Report on malaria in the Punjab during the year ...  together with an account of the work of the Punjab Malaria Bureau - Volume 4
Disease focus: Malaria
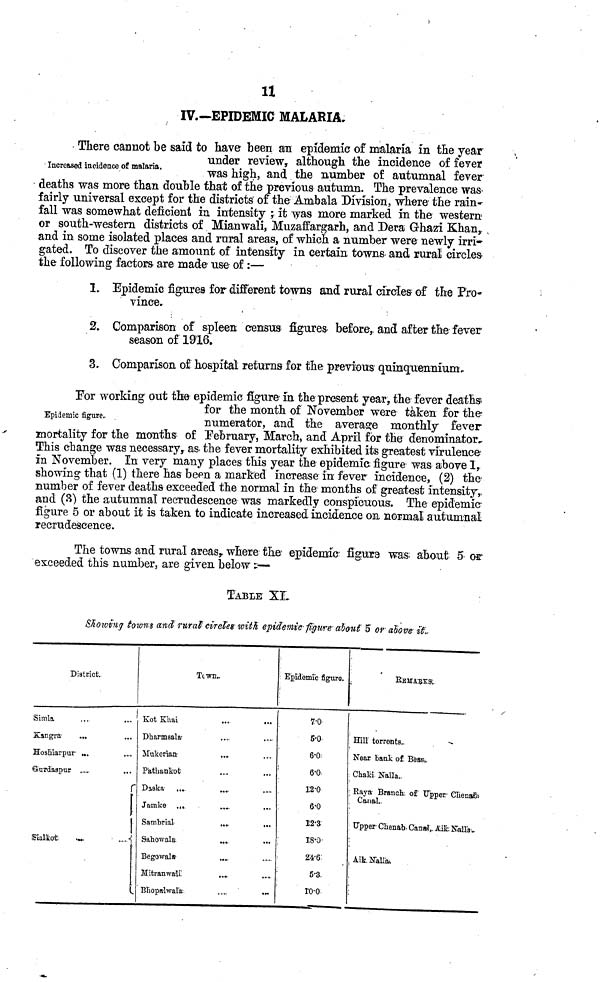
11
IV.-EPIDEMIC MALARIA.
Increased incidence of malaria.
There cannot be said to have been an epidemic of malaria in the year
under review, although the incidence of fever
was high, and the number of autumnal fever
deaths was more than double that of the previous autumn. The prevalence was
fairly universal except for the districts of the Ambala Division, where the rain-
fall was somewhat deficient in intensity ; it was more marked in the western
or south-western districts of Mianwali, Muzaffargarh, and Dera G-hazi Khan,
and in some isolated places and rural areas, of which a number were newly irri-
gated. To discover the amount of intensity in certain towns, and rural circles
the following factors are made use of :—
1. Epidemic figures for different towns and rural circles of the Pro-
vince.
2. Comparison of spleen census figures before, and after the fever
season of 1916.
3. Comparison of hospital returns for the previous quinquennium.
Epidemic figure.
For working out tine epidemic figure in the present year, the fever deaths
for the montn of November were taken tor the
numerator, and the average monthly fever
mortality for the months of February, March, and April for the denominator,.
This change was necessary, as. the fever mortality exhibited its greatest virulence
in November. In very many places this year the epidemia figure was above 1,
showing that (1) there has been a marked increase in fever incidence, (2) the-
number of fever deaths exceeded the normal in the months of greatest intensity,,
and (3) the autumnal recrudescence was markedly conspicuous. The epidemic
figure 5 or about it is taken to indicate increased incidence on normal autumnal
recrudescence.
The towns and rural areas,, where the epidemic figure was about 5 or
exceeded this number, are given below:—
TABLE XI.
Showing towns and rural circles with epidemic figure about 5 or above it.
District.
Simla.
...
...
Kangra
...
Hoshiarpur ...
Gurdaspur ....
r
Sialkoit
...
...
Town..
Kot Khai
...
...
Dharmsala ... ...
Mukerian ... ...
Pathankot ... ...
Daska
...
...
Jamke ... ...
Sambrial
....
...
Sahowala
...
Begowala ... ...
Mitranwali. ... ...
Bhopalwala ... ...
Epidemic figure.
7.0
5.0
6.0
6.0
12.0
6.0
1'2'3
18.0
24.6
5.3.
10.0
Hill torrents.
Near bank of Beas.
Chaki Nalla.
Raya Branch of Upper Chenab
Canal
Upper Chenab Canal Aik Nalla